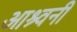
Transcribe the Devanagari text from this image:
आश्र्वनी